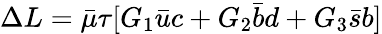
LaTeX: \Delta L=\bar{\mu}\tau[G_{1}\bar{u}c+G_{2}\bar{b}d+G_{3}\bar{s}b]